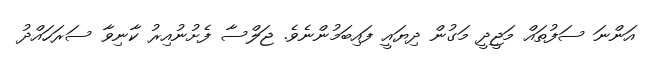
އަންނަ ސަފުތައް މަޖީދީ މަގުން ދިޔައީ ފައިބަމުންނެވެ. ޖަލްސާ ފެށުނުއިރު ކާނިވާ ސަރަހައްދު